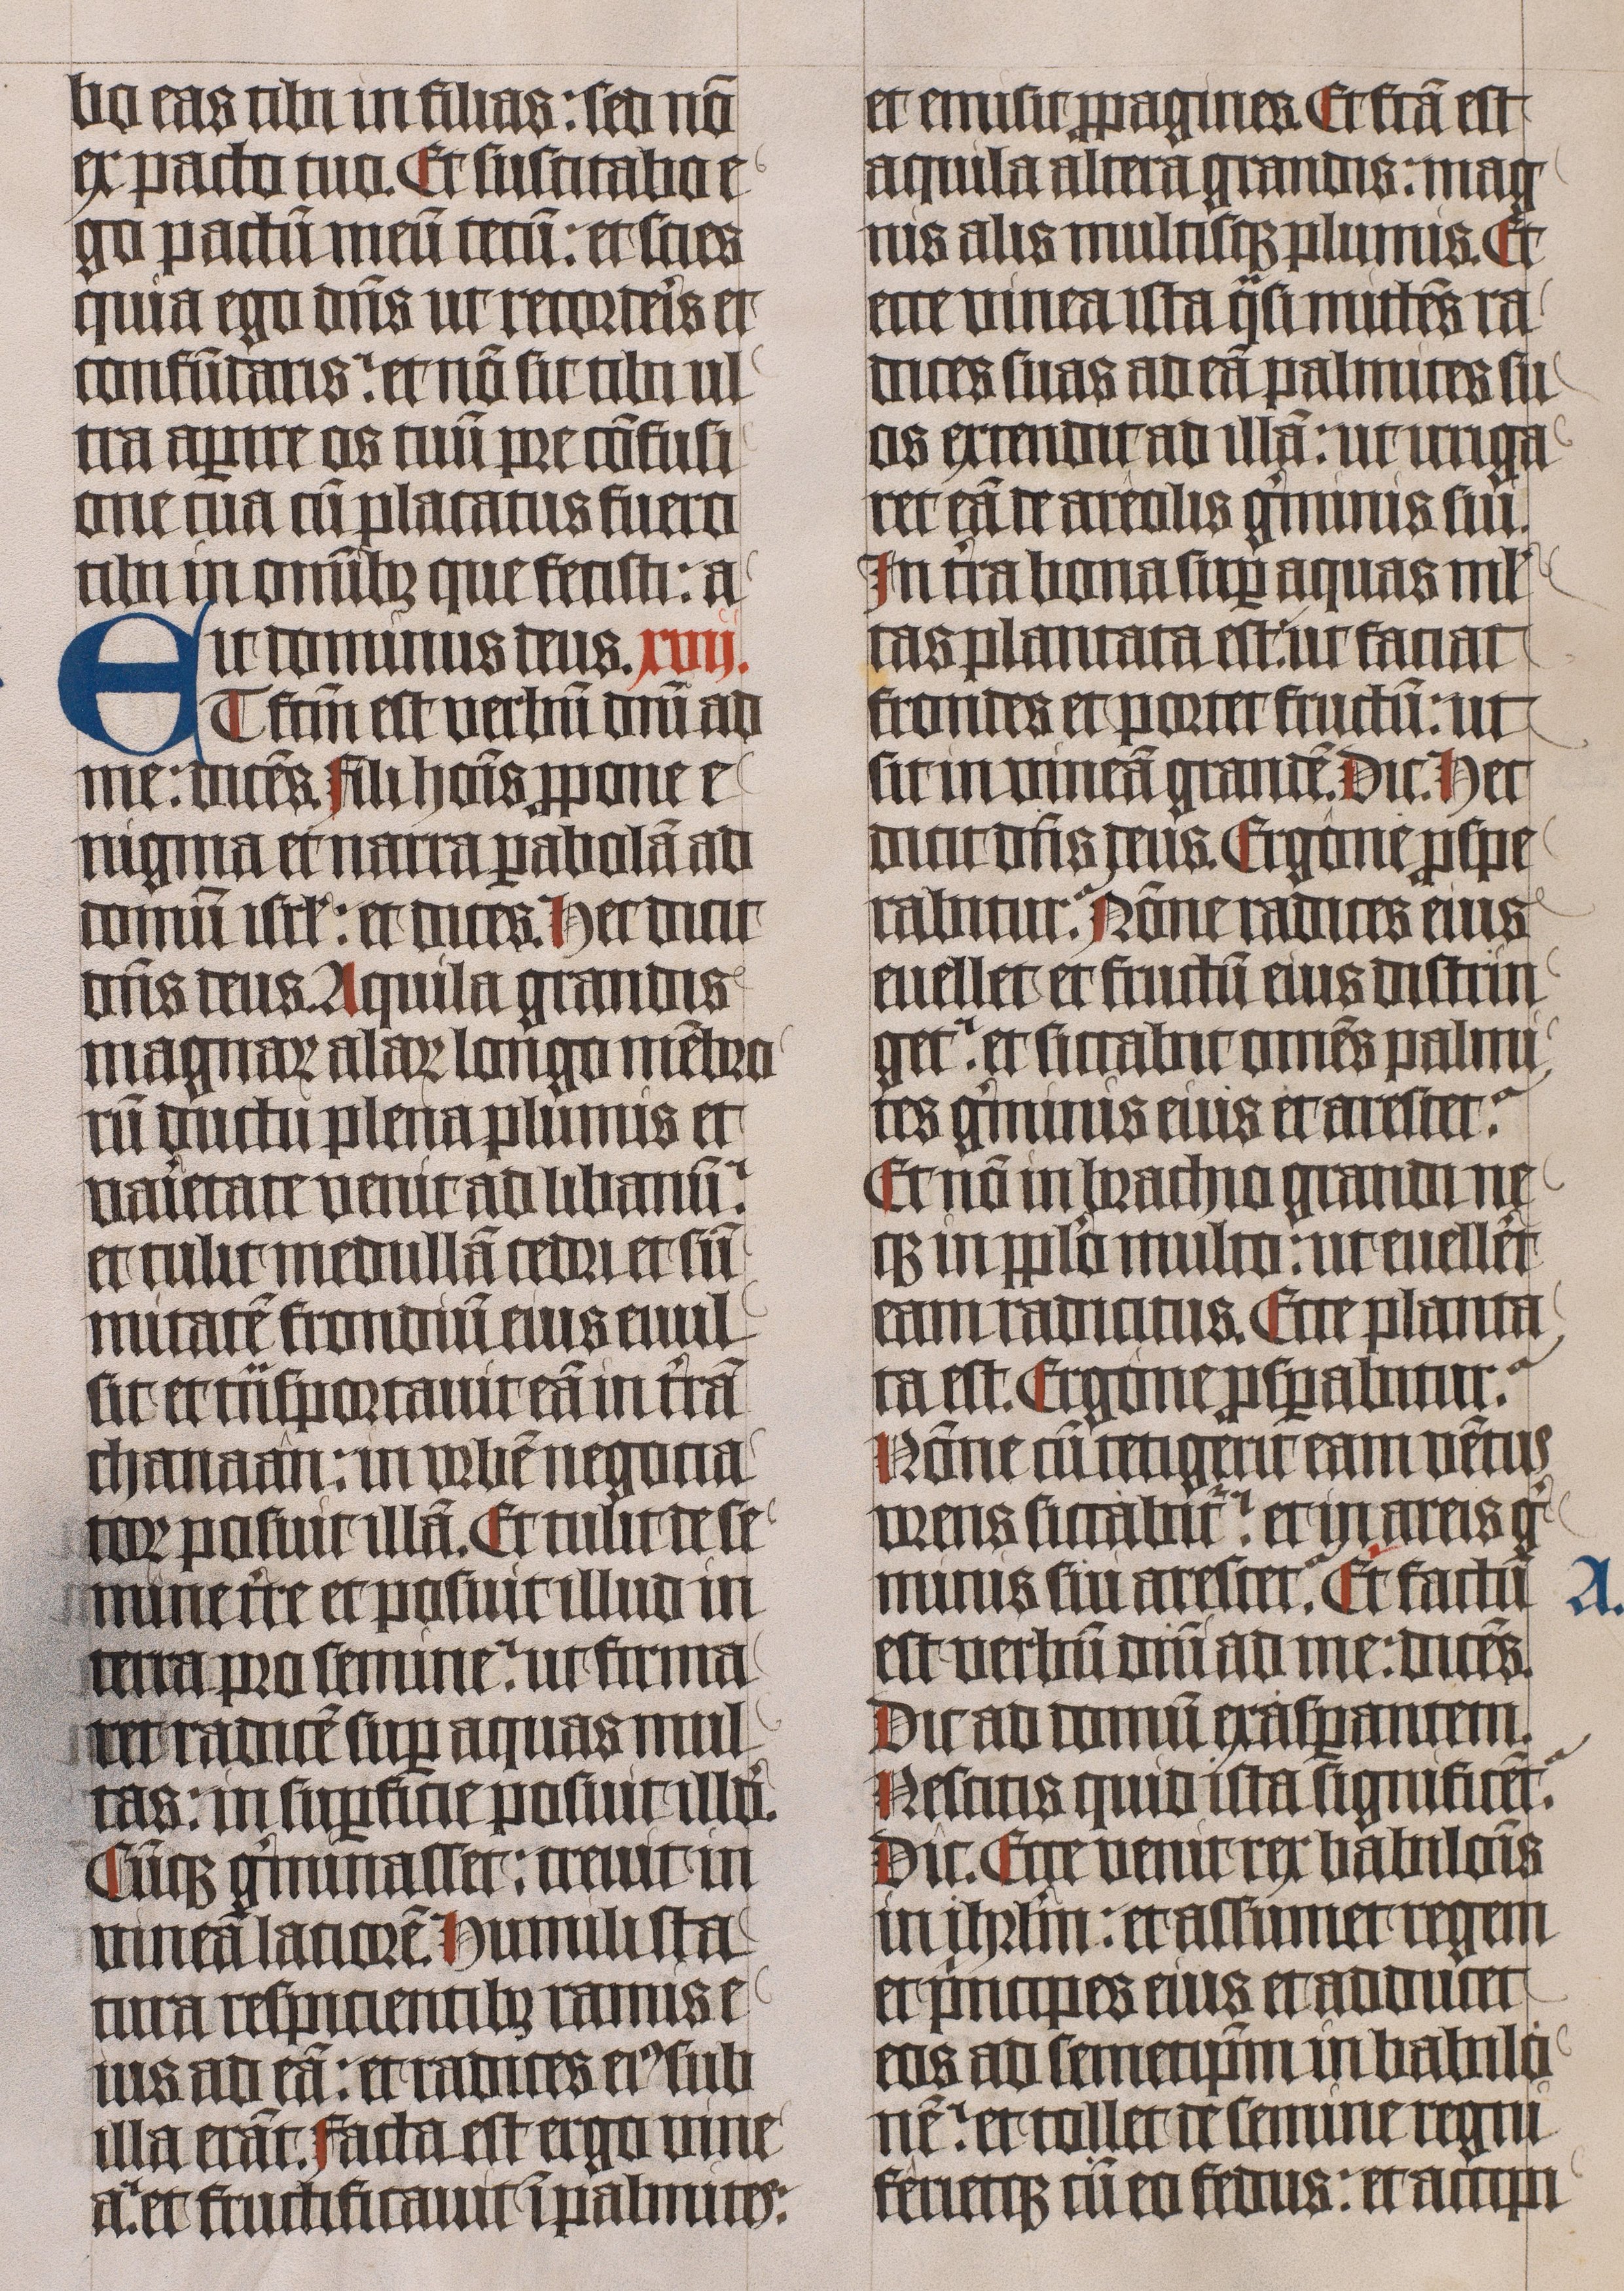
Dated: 1445–1445